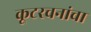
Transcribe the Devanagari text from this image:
कूटरचनांचा